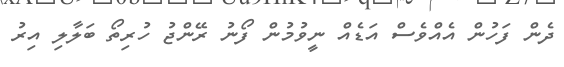
ދެން ފަހުން އެއްވެސް އަޑެއް ނީވުމުން ފޯނު ރޭންޖު ހުރިތޯ ބަލާލި އިރު